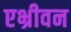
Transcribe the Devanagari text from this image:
एभ्रीवन